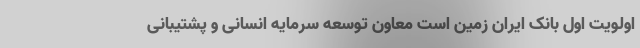
اولویت اول بانک ایران زمین است معاون توسعه سرمایه انسانی و پشتیبانی